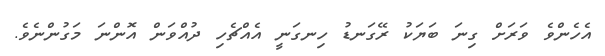
އެހެންވެ ވަރަށް ގިނަ ބަޔަކު ރޭގަނޑު ހިނގަނީ އެއްޗެހި ދުއްވަން އޮންނަ މަގުންނެވެ.